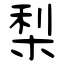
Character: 梨